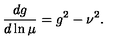
{ \frac { d g } { d \ln \mu } } = g ^ { 2 } - \nu ^ { 2 } .